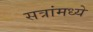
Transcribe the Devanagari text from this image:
सत्रांमध्ये